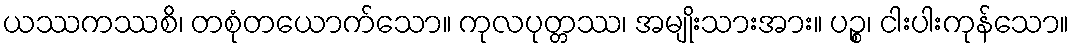
ယဿကဿစိ၊ တစုံတယောက်သော။ ကုလပုတ္တဿ၊ အမျိုးသားအား။ ပဉ္စ၊ ငါးပါးကုန်သော။